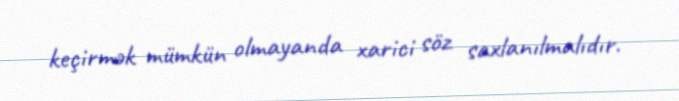
keçirmək mümkün olmayanda xarici söz saxlanılmalıdır.